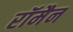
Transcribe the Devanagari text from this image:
रॉमैन